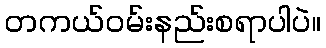
တကယ်ဝမ်းနည်းစရာပါပဲ။